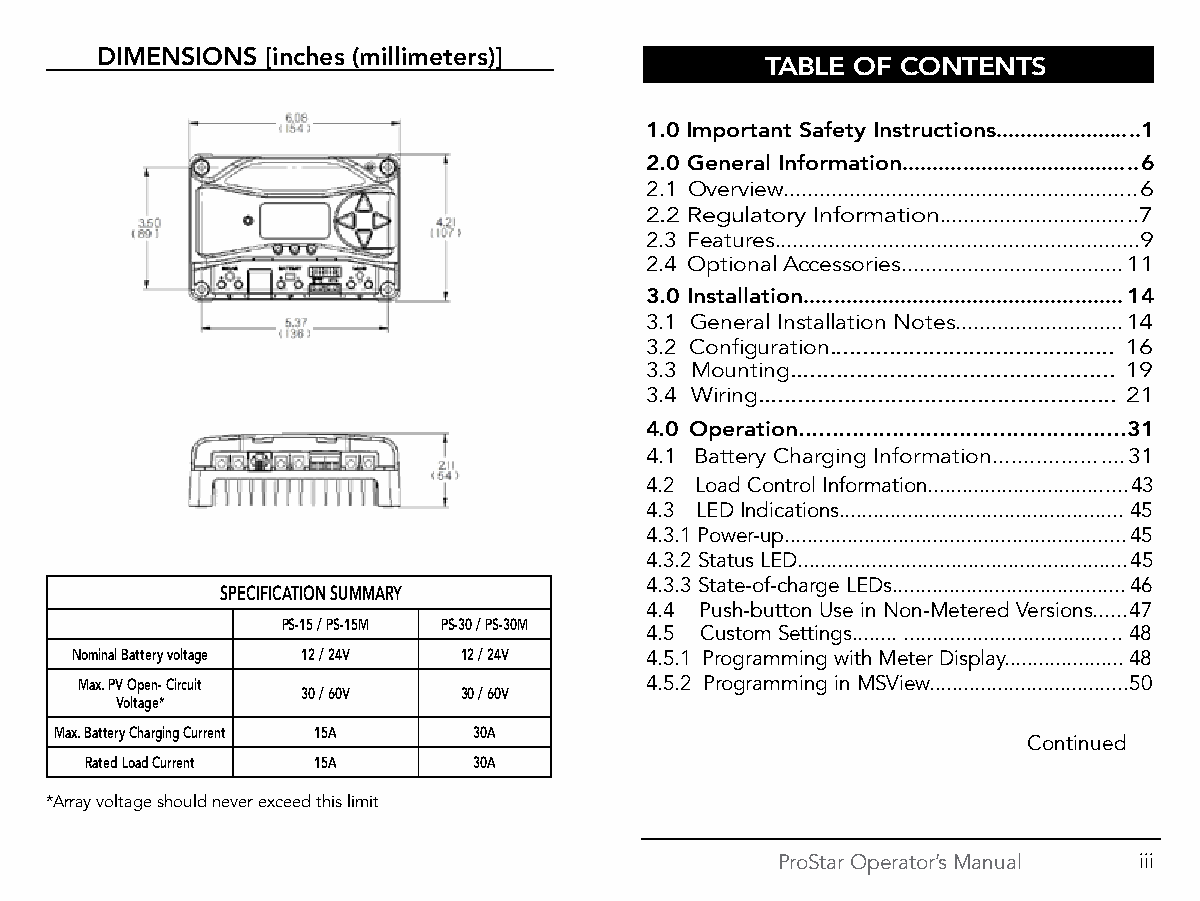
DIMENSIONS  [inches (millimeters)]
 TABLE OF CONTENTS
 1.0 I mportant Safety Instructions........................1
 2.0 General Information.......................................6
 2.1 Overview...........................................................6
 2.2 Regulatory Information.................................7
 2.3 Features.............................................................9
 2.4 Optional Accessories.....................................11
 3.0 Installation.....................................................14
 3.1 General Installation Notes............................14
 3.2 Configuration........................................... 16
 3.3 Mounting................................................. 19
 3.4 Wiring...................................................... 21
 4.0 Operation.................................................31
 4.1 Battery Charging Information.....................31
 4.2 Load Control Information...................................43
 4.3 LED Indications..................................................45
 4.3.1 Power-up............................................................45
 4.3.2 Status LED..........................................................45
 4.3.3 State-of-charge LEDs.........................................46
 SPECIFICATION SUMMARY
 4.4 Push-button Use in Non-Metered Versions......47
 PS-15 / PS-15M PS-30 / PS-30M
 4.5 Custom Settings........ ......................................48
 Nominal Battery voltage 12 / 24V 12 / 24V 4.5.1 Programming with Meter Display.....................48
 Max. PV Open- Circuit                 4.5.2 Programming in MSView...................................50
 30 / 60V  30 / 60V
 Voltage*
 Max. Battery Charging Current 15A 30A
 Continued
 Rated Load Current 15A   30A
 *Array voltage should never exceed this limit
 ProStar Operator’s Manual iii